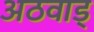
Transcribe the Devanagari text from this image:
अठवाड्